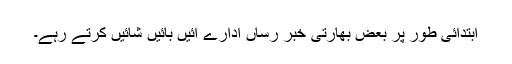
ابتدائی طور پر بعض بھارتی خبر رساں ادارے آئیں بائیں شائیں کرتے رہے۔